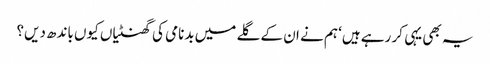
یہ بھی یہی کر رہے ہیں‘ ہم نے ان کے گلے میں بدنامی کی گھنٹیاں کیوں باندھ دیں؟